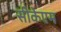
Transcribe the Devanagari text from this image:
सीकेएम